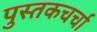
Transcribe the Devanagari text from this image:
पुस्तकचर्चा